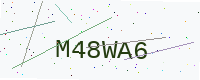
Text: M48WA6